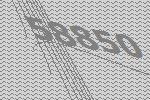
58850